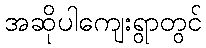
အဆိုပါကျေးရွာတွင်